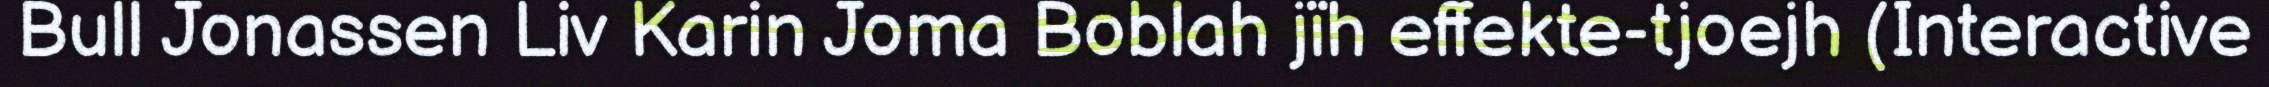
Bull Jonassen Liv Karin Joma Boblah jïh effekte-tjoejh (Interactive